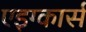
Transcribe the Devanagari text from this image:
एइग्कार्स